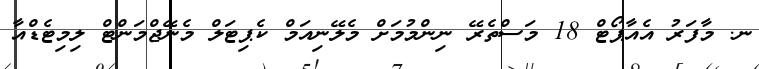
ނ. މާފަރު އެއާޕޯޓް 18 މަސްތެރޭ ނިންމުމަށް މެލޭނިއަމް ކެޕިޓަލް މެނޭޖްމަންޓް ލިމިޓެޑްއާ